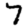
Digit: 7